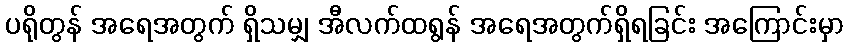
ပရိုတွန် အရေအတွက် ရှိသမျှ အီလက်ထရွန် အရေအတွက်ရှိရခြင်း အကြောင်းမှာ